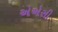
એએસી